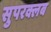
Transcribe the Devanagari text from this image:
सुपरक्लब